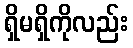
ရှိမရှိကိုလည်း